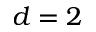
d = 2